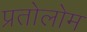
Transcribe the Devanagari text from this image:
प्रतोलोम